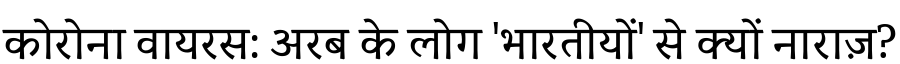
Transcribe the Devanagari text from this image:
कोरोना वायरस: अरब के लोग 'भारतीयों' से क्यों नाराज़?